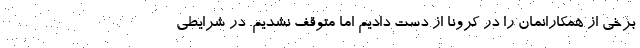
برخی از همکارانمان را در کرونا از دست دادیم اما متوقف نشدیم. در شرایطی